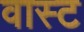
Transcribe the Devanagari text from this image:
वास्ट